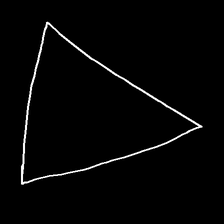
Glyph: convergence